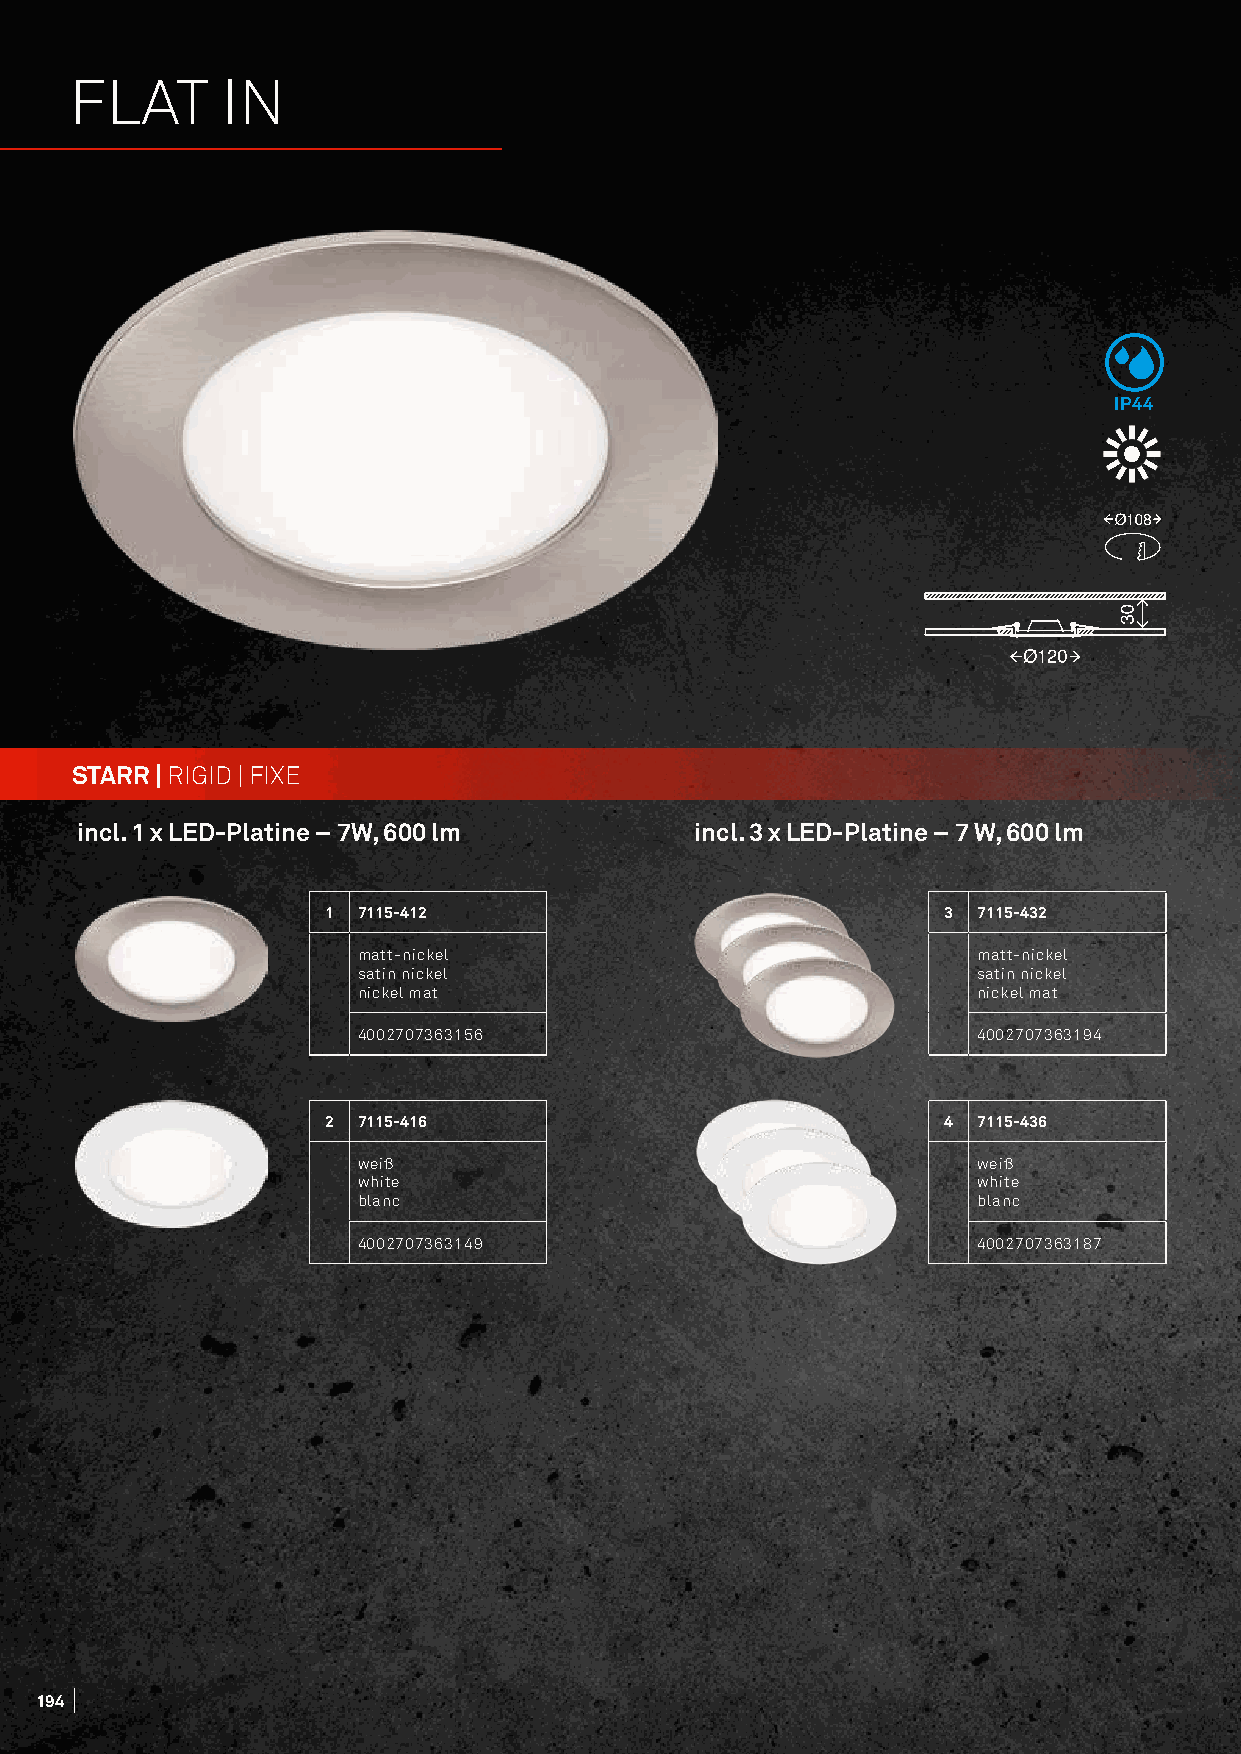
FLAT      IN
 IP44
 STARR | RIGID | FIXE
 incl. 1 x LED-Platine – 7W, 600 lm       incl. 3 x LED-Platine – 7 W, 600 lm
 1  7115-412                              3  7115-432
 matt-nickel                              matt-nickel
 satin nickel                             satin nickel
 nickel mat                               nickel mat
 4002707363156                            4002707363194
 2  7115-416                              4  7115-436
 weiß                                     weiß
 white                                    white
 blanc                                    blanc
 4002707363149                            4002707363187
 194